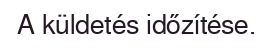
A küldetés időzítése.